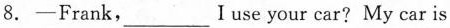
8. -Frank, ___ Iuse your car? My car is